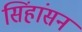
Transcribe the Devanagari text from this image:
सिंहांसन